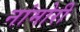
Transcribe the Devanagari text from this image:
नांमोरी